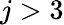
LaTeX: j>3